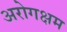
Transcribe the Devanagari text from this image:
अरोगक्षम